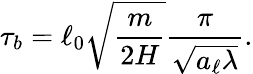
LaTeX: \tau_{b}=\ell_{0}\sqrt{\frac{m}{2H}}\frac{\pi}{\sqrt{a_{\ell}\lambda}}.